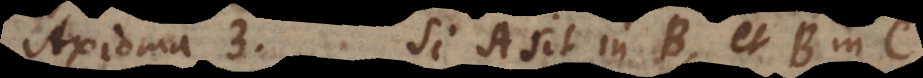
Axioma 3. Si A sit in B, et B in C